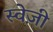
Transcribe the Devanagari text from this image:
स्वेज़ी